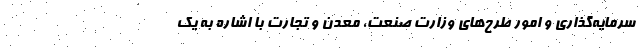
سرمایه‌گذاری و امور طرح‌های وزارت صنعت، معدن و تجارت با اشاره به یک